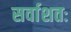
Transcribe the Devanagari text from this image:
सर्वाशतः